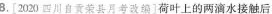
3.[2020四川自贡荣县月考改编]荷叶上的两滴水接触后